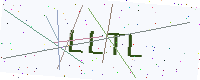
Text: LLTL